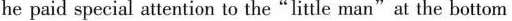
he paid special attention to the"little man"at the bottom